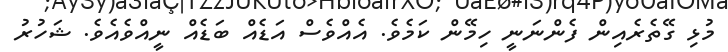
މުޅި ގޭތެރެއިން ފެންނަނީ ހިމޭން ކަމެވެ. އެއްވެސް އަޑެއް ބަޑެއް ނީއްވެއެވެ. ޝަހުރު